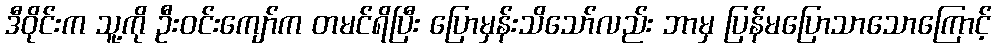
ဒီဝိုင်းက သူ့ကို ဦးဝင်းကျော်က တမင်ရိပြီး ပြောမှန်းသိသော်လည်း ဘာမှ ပြန်မပြောသာသောကြောင့်